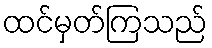
ထင်မှတ်ကြသည်